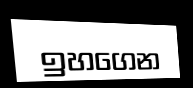
ඉහගෙන